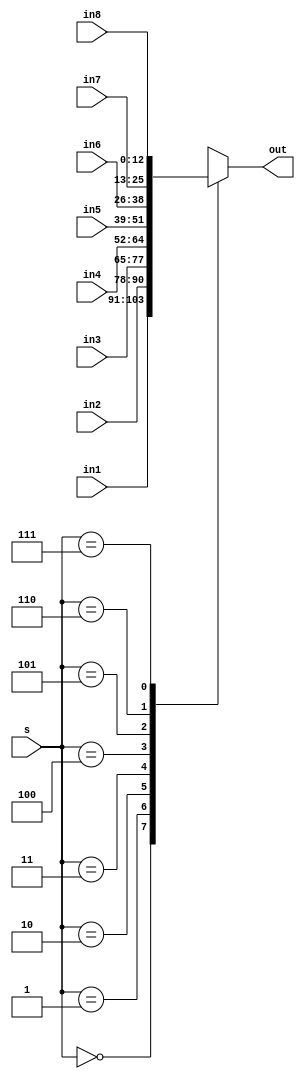
module alu(s,in1, in2, in3, in4,in5, in6, in7,in8, out);
	input [12:0]in1, in2, in3, in4, in5, in6, in7, in8;
	input [2:0]s;
	output reg [12:0]out;
	always@(*)
		case(s[2:0])
			3'b000: out=in1;
			3'b001: out=in2;
			3'b010: out=in3;
			3'b011: out=in4;
			3'b100: out=in5;
			3'b101: out=in6;
			3'b110: out=in7;
			3'b111: out=in8;
			default: out=13'd0;
		endcase
endmodule

module rate_divide (clock,in,out);
	input clock;
	input [1:0]in;
	output reg [1:0]out=2'b01;
	always@(posedge clock)
		begin
			if(out[1:0]==2'b00)
				out<=in;
			else 
				out<=out-1;
		end
endmodule

module norGate(in,out);
	input [1:0]in;
	output out;
	assign out = (in==2'b00) ? 1:0;
endmodule

module pause(clock, in, out);
	input clock;
	input [1:0]in;
	output out;
	wire [1:0]dividerout;
	rate_divide r1 (clock, in, dividerout);
	norGate n1 (dividerout, out);
endmodule
	
module combination(enable, i, clock, loadn, resetn, out);
	input enable;
	input clock;
	input resetn;
	input [12:0]i;
	input loadn;
	output out;
	reg [12:0]in;
	always@(negedge resetn, posedge enable)
		begin
			if(resetn==0)
				in<=0;
			else if(loadn==0)
				in[12:0]<=i[12:0];
			else if(enable==1)
				begin
					in[12]<=in[11];
					in[11]<=in[10];
					in[10]<=in[9];
					in[9]<=in[8];
					in[8]<=in[7];
					in[7]<=in[6];
					in[6]<=in[5];
					in[5]<=in[4];
					in[4]<=in[3];
					in[3]<=in[2];
					in[2]<=in[1];
					in[1]<=in[0];
					in[0]<=1'b0;
				end
		end
		assign out=in[12];
endmodule

module top(SW, LEDR, KEY, CLOCK_50);
	input CLOCK_50;
	input [9:0]SW;
	input [3:0]KEY;
	output [9:0]LEDR;
	wire [12:0]aluout;
	wire [12:0]in1, in2, in3, in4, in5, in6, in7, in8;
	assign in1[12:0]=13'b1010000000000;
	assign in2[12:0]=13'b1011101110111;
	assign in3[12:0]=13'b1110101110000;
	assign in4[12:0]=13'b1011101010000;
	assign in5[12:0]=13'b1110111000000;
	assign in6[12:0]=13'b1110100000000;
	assign in7[12:0]=13'b1110111011100;
	assign in8[12:0]=13'b1011101110100;
	wire enable;
	wire [1:0]in;
	assign in=2'b01;
	alu a1 (SW[2:0],in1, in2, in3, in4, in5, in6, in7,in8, aluout);
	pause p1 (CLOCK_50, in, enable);
	combination m1 (enable, aluout, CLOCK_50, KEY[1], KEY[0], LEDR[0]);
endmodule